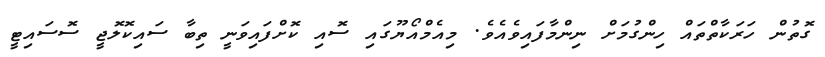
ގޮތުން ހަރަކާތްތައް ހިންގުމަށް ނިންމާފައިވެއެވެ. މިއެމްއޯޔޫގައި ސޮއި ކޮށްފައިވަނީ ތިބާ ސައިކޮލޮޖީ ސޮސައިޓީ